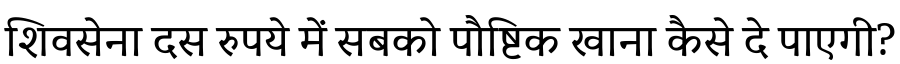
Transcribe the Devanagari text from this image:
शिवसेना दस रुपये में सबको पौष्टिक खाना कैसे दे पाएगी?